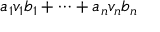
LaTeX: a _ { 1 } v _ { 1 } b _ { 1 } + \cdots + a _ { n } v _ { n } b _ { n }